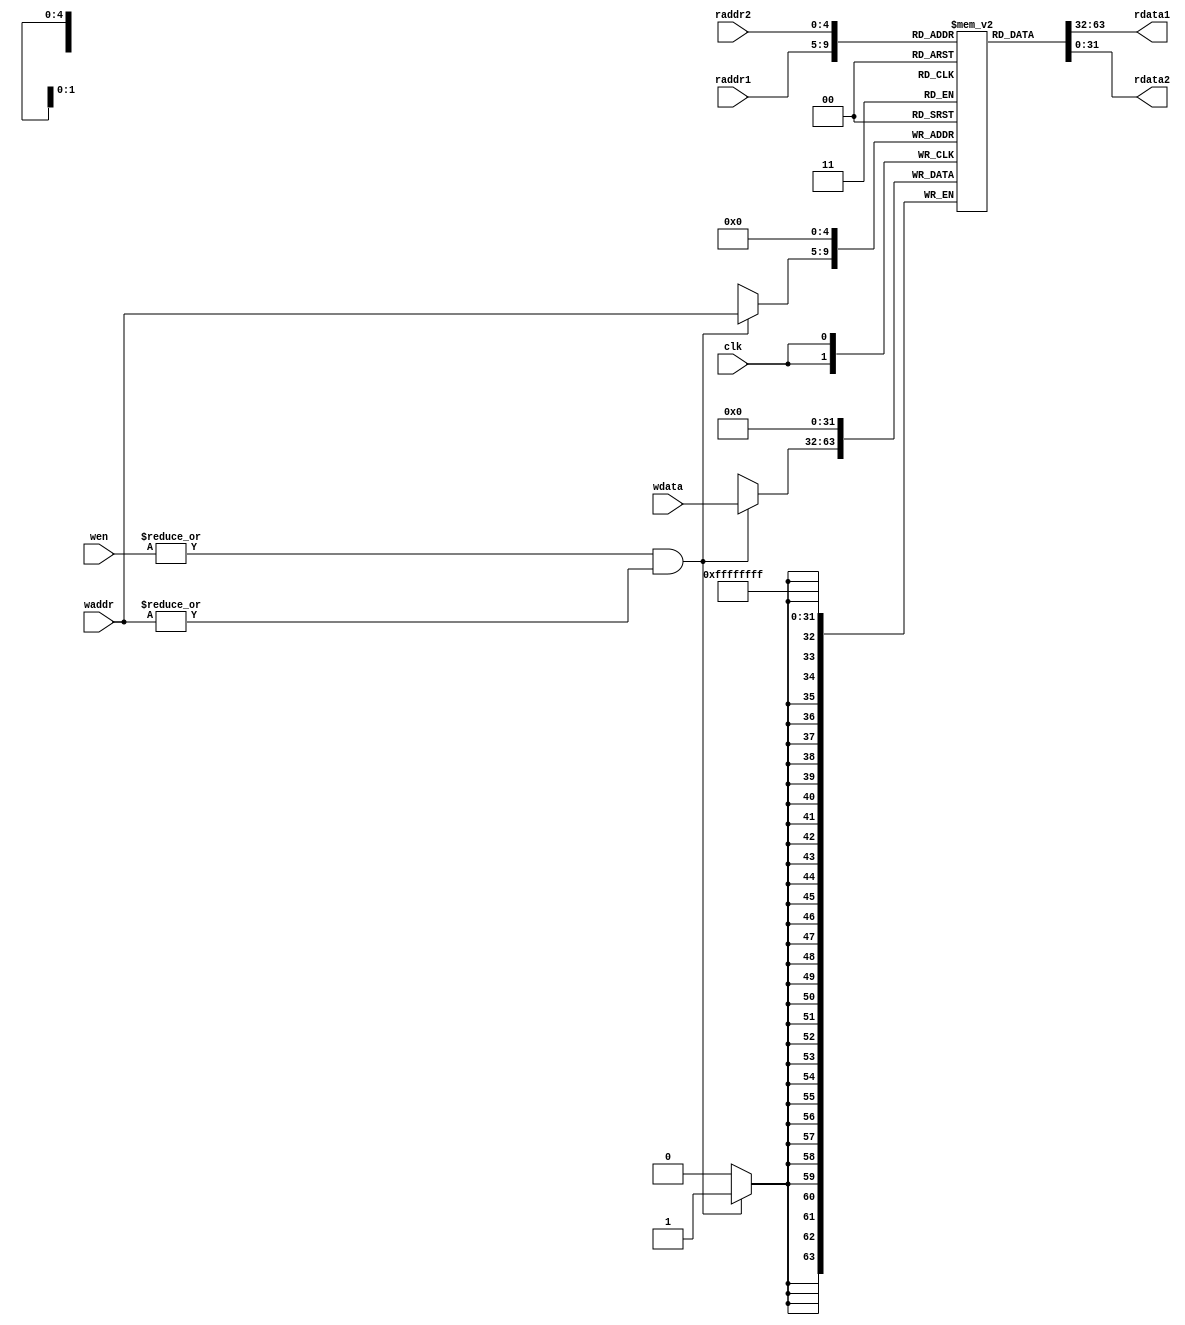
module mips_reg_file(
    input         clk    ,
    input  [ 4:0] raddr1 ,
    output [31:0] rdata1 ,

    input  [ 4:0] raddr2 ,
    output [31:0] rdata2 ,

    input  [ 3:0] wen    ,
    input  [ 4:0] waddr  ,
    input  [31:0] wdata
);

reg [31:0] heap [31:0];

assign rdata1 = heap[raddr1];
assign rdata2 = heap[raddr2];

always @(posedge clk)
begin
    heap[0] <= 32'd0;
    if ((|wen) && (|waddr)) begin
        heap[waddr] <= wdata;
    end
end

endmodule //regfile